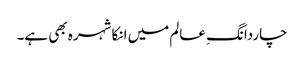
چاردانگِ عالم میں انکا شہرہ بھی ہے۔